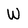
Character: W